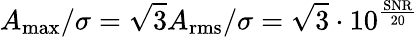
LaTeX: A_{\operatorname*{max}}/\sigma=\sqrt{3}A_{\mathrm{rms}}/\sigma=\sqrt{3}\cdot 10^{\frac{\mathrm{SNR}}{20}}